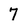
Character: 7